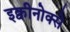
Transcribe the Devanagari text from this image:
इक्वीनोक्से